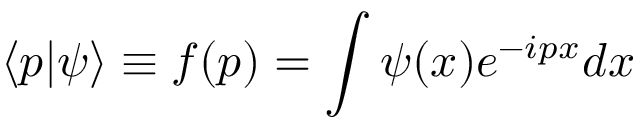
\langle p | \psi \rangle \equiv f ( p ) = \int \psi ( x ) e ^ { - i p x } d x